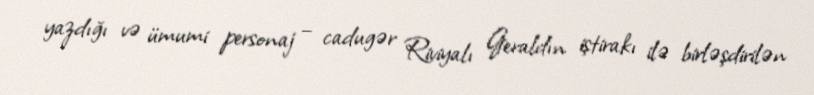
yazdığı və ümumi personaj – cadugər Riviyalı Geraldın iştirakı ilə birləşdirilən